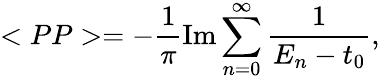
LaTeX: <PP>=-\frac{1}{\pi}\mathrm{Im}\sum_{n=0}^{\infty}\frac{1}{E_{n}-t_{0}},